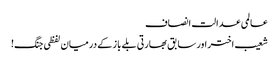
عالمی عدالت انصاف
شعیب اختر اور سابق بھارتی بلے باز کے درمیان لفظی جنگ!